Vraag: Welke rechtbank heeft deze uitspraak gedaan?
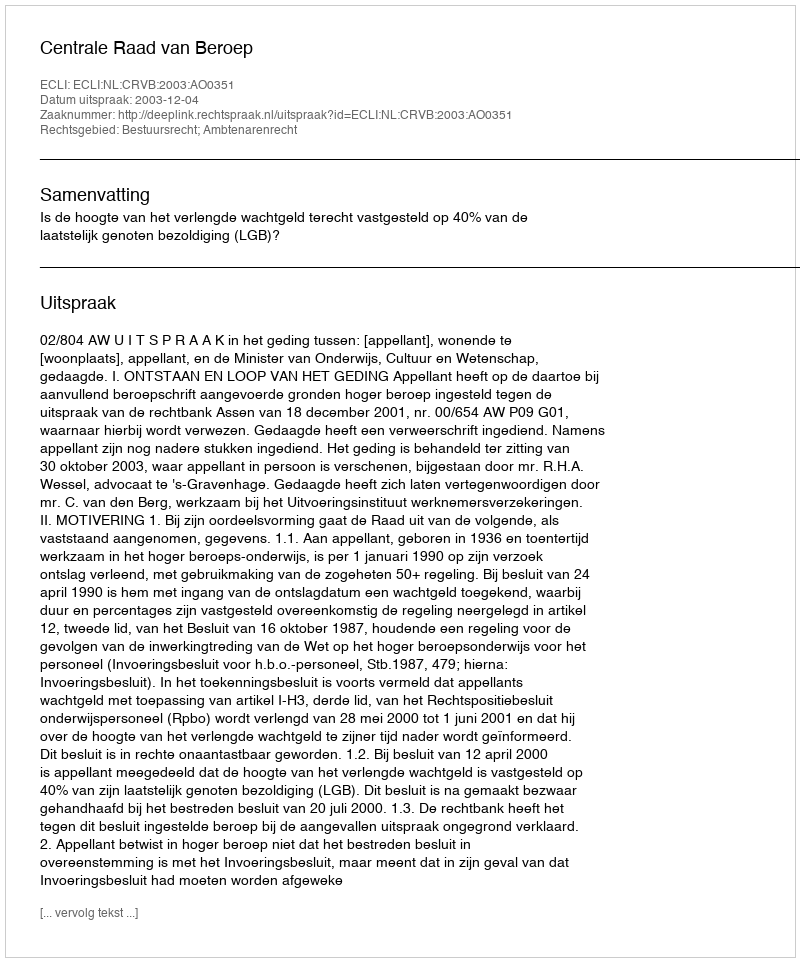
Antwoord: Centrale Raad van Beroep